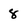
Character: 8